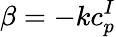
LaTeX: \beta=-kc_{p}^{I}